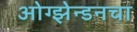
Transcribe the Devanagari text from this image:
ओग्झेन्डनचा